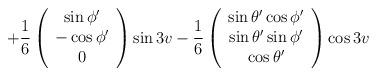
LaTeX: \begin{align*}\qquad\!\!\!\!\! +{1\over 6} \left( \begin{array}{c} \sin{\phi'} \\ -\cos{\phi'} \\ 0 \end{array} \right) \sin{3v} -{1\over 6} \left( \begin{array}{c} \sin{\theta'}\cos{\phi'} \\ \sin{\theta'}\sin{\phi'} \\ \cos{\theta'} \end{array} \right) \cos{3v}\end{align*}